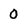
Character: 0